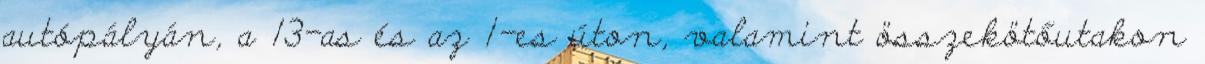
autópályán, a 13-as és az 1-es úton, valamint összekötőutakon